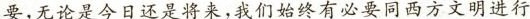
要,无论是今日还是将来,我们始终有必要同西方文明进行